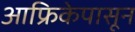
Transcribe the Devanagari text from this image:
आफ्रिकेपासून